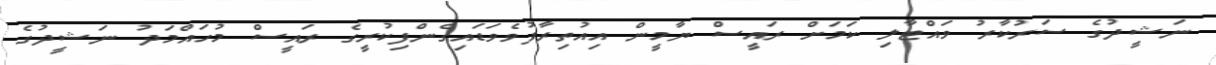
ނަޝީދުގެ ސަރުކާރު ވައްޓާލި ކަމަށް ރައީސް ޔާމީން އިއުތިރާފުވެވަޑައިގެންފިކުރީގެ ރައީސް މުހައްމަދު ނަޝީދުގެ